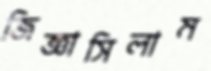
জিজ্ঞাসিলাম